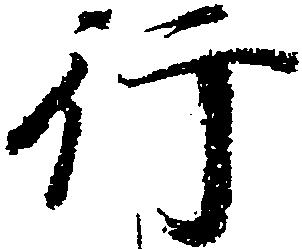
行